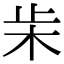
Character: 𣏔